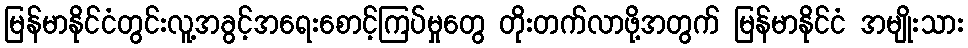
မြန်မာနိုင်ငံတွင်းလူ့အခွင့်အရေးစောင့်ကြပ်မှုတွေ တိုးတက်လာဖို့အတွက် မြန်မာနိုင်ငံ အမျိုးသား